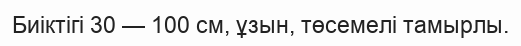
Биіктігі 30 — 100 см, ұзын, төсемелі тамырлы.